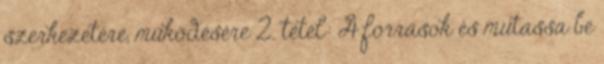
szerkezetére, működésére 2. tétel: A források és mutassa be